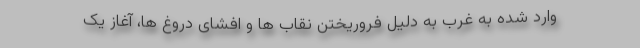
وارد شده به غرب به دلیل فروریختن نقاب ها و افشای دروغ ها، آغاز یک